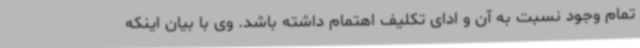
تمام وجود نسبت به آن و ادای تکلیف اهتمام داشته باشد. وی با بیان اینکه